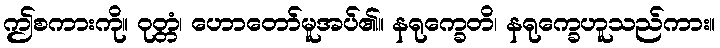
ဤစကားကို။ ဝုတ္တံ၊ ဟောတော်မူအပ်၏။ နရုက္ခေတိ၊ နရုက္ခေဟူသည်ကား။